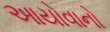
આયોવાનો